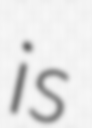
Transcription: is